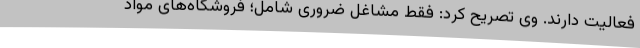
فعالیت دارند. وی تصریح کرد: فقط مشاغل ضروری شامل؛ فروشگاه‌های مواد